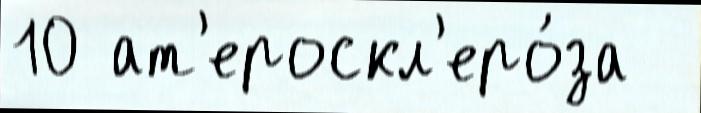
10 ат'ероскл'еро́за